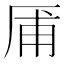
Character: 㕊